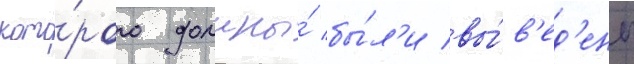
кото́рого должны́ бы́л'и вы́в'ед'ены